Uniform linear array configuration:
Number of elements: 48
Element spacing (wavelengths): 0.5
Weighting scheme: kaiser
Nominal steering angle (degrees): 45
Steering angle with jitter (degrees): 44.284
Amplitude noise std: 0.05
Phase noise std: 0.05

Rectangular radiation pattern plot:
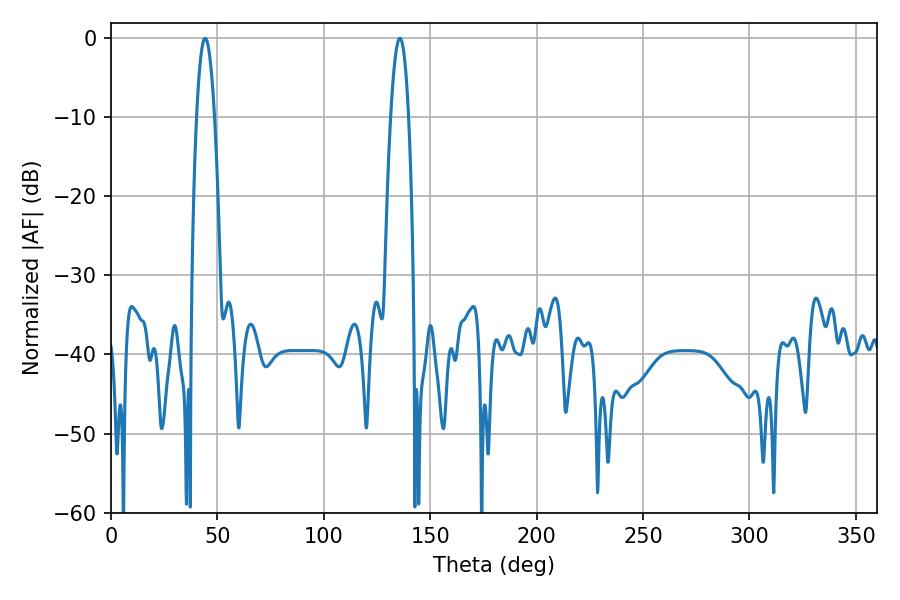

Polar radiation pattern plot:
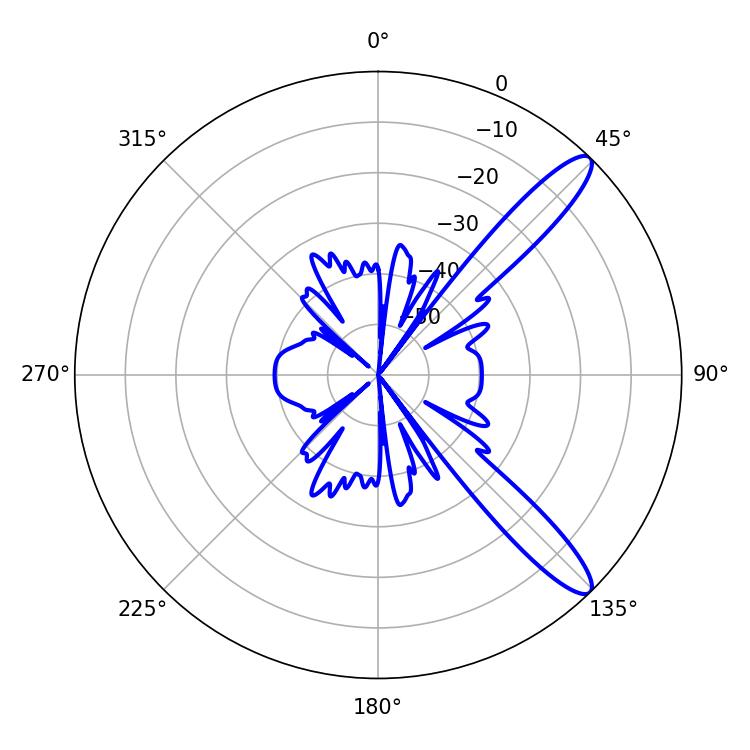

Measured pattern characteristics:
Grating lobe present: FALSE
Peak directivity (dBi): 12.138
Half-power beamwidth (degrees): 4.68
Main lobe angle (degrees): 44.28